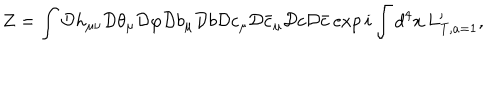
Z = \int { \cal D } h _ { \mu \nu } { \cal D } \theta _ { \mu } { \cal D } \varphi { \cal D } b _ { \mu } { \cal D } b { \cal D } c _ { \mu } { \cal D } \bar { c } _ { \mu } { \cal D } c { \cal D } \bar { c } \exp i \int d ^ { 4 } x \, L _ { \mathrm { T } , a = 1 } ^ { \prime } ,